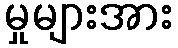
မှုများအား